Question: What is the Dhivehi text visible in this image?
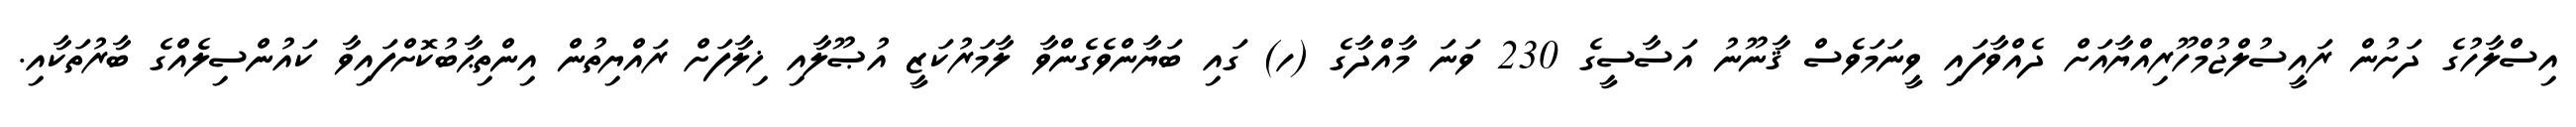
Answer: އިސްލާހުގެ ދަށުން ރައީސުލްޖުމްހޫރިއްޔާއަށް ދެއްވާފައި ވީނަމަވެސް ޤާނޫނު އަސާސީގެ 230 ވަނަ މާއްދާގެ (ހ) ގައި ބަޔާންވެގެންވާ ލާމަރުކަޒީ އުޞޫލާއި ޚިލާފަށް ރައްޔިތުން އިންތިޙާބުކޮށްފައިވާ ކައުންސިލެއްގެ ބާރުތަކާއި.